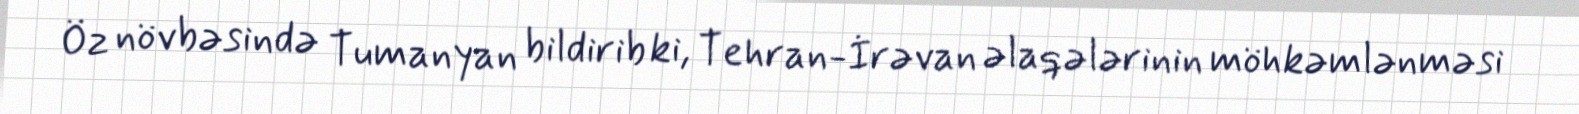
Öz növbəsində Tumanyan bildirib ki, Tehran-İrəvan əlaqələrinin möhkəmlənməsi